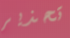
تحذير